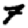
Digit: 7